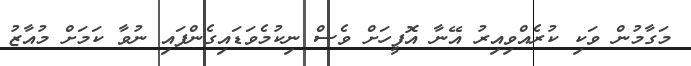
މަގާމުން ވަކި ކުރެއްވިއިރު އޭނާ އޮފީހަށް ވެސް ނިކުމެވަޑައިގެންފައި ނުވާ ކަމަށް މުއާޒު